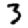
Digit: 3